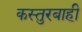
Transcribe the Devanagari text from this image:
कस्तुरबाही